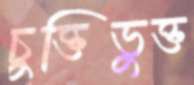
চুক্তিভুক্ত